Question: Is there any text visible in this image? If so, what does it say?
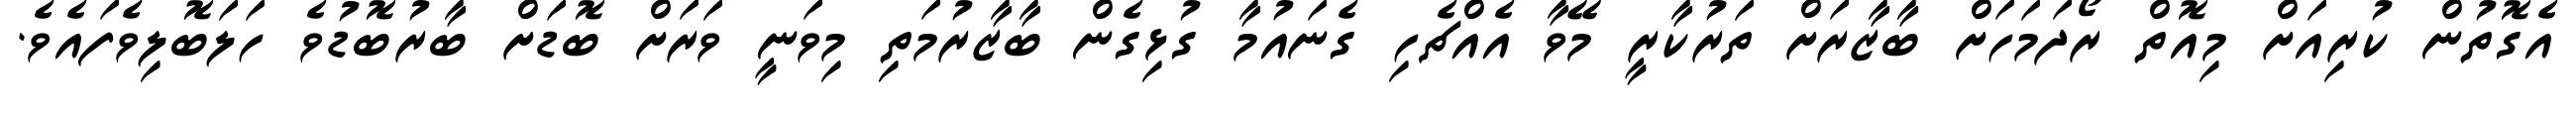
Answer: އެގޮތުން ކުރިއަށް މިއޮތް ރޯދަމަހަށް ބާޒާރަށް ތަރުކާރީ މޭވާ އެއްޗެހި ގެނައުމާ ގުޅިގެން ބާޒާރުމަތި މިވަނީ ވަރަށް ބޮޑަށް ބާރުބޮޑުވެ ހަލަބޮލިވެފައެވެ.